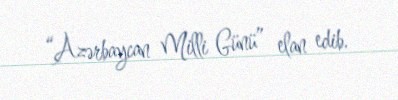
“Azərbaycan Milli Günü” elan edib.